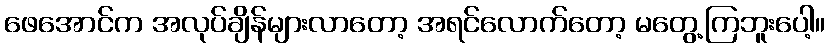
ဖေအောင်က အလုပ်ချိန်များလာတော့ အရင်လောက်တော့ မတွေ့ကြဘူးပေါ့။